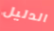
الدليل